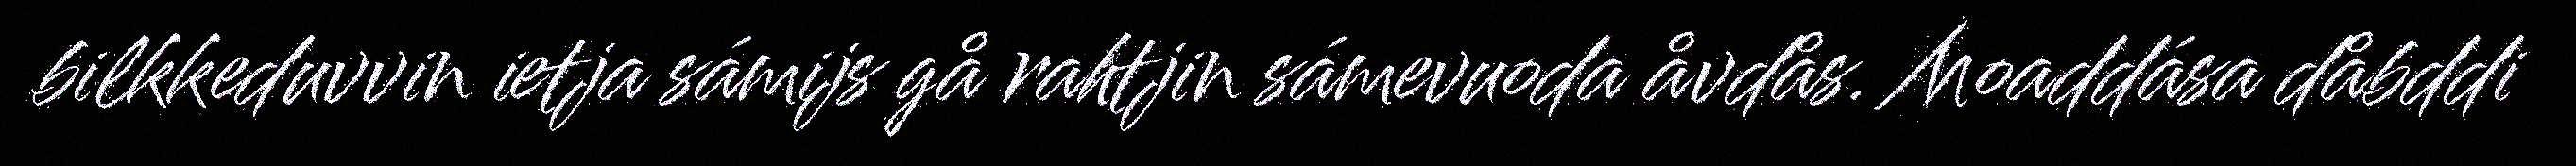
bilkkeduvvin ietja sámijs gå rahtjin sámevuoda åvdås. Moaddása dåbddi